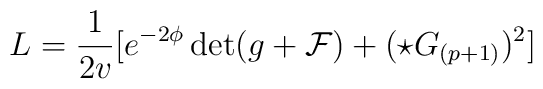
L= {1\over2v}[e^{-2\phi}\det(g+{\cal F}) + (\star G_{(p+1)})^2]